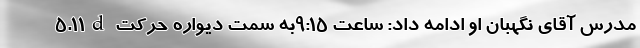
۵.۱۱d مدرس آقای نگهبان او ادامه داد: ساعت ۹:۱۵به سمت دیواره حرکت